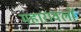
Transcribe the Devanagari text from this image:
महारावलों